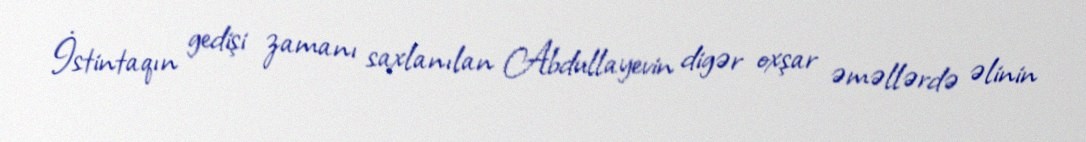
İstintaqın gedişi zamanı saxlanılan Abdullayevin digər oxşar əməllərdə əlinin